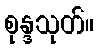
စုန္ဒသုတ်။